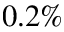
0 . 2 \%